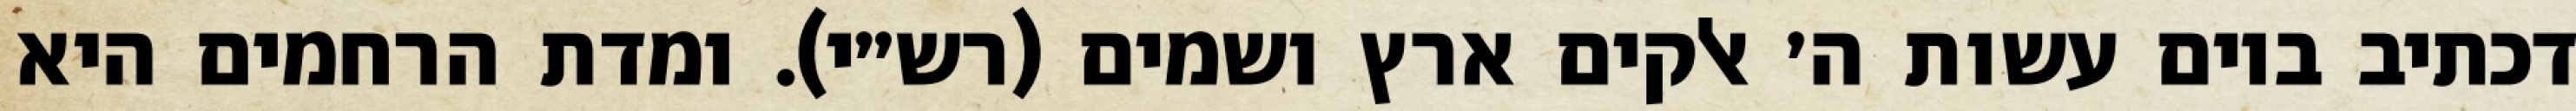
דכתיב ביום עשות ה׳ אלקים ארץ ושמים (רש״י). ומדת הרחמים היא